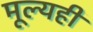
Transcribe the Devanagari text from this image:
मूल्यही